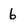
Character: 6